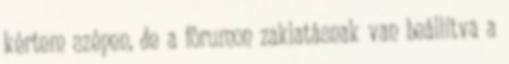
kértem szépen, de a fórumon zaklatásnak van beállítva a